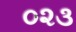
૦૨૩